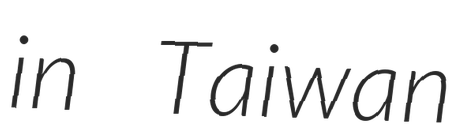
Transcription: in Taiwan